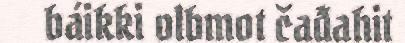
báikki olbmot čađahit